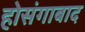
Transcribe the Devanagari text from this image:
होसंगाबाद